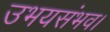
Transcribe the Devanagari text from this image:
उभयसंभव।